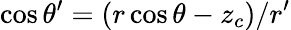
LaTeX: \cos\theta^{\prime}=(r\cos\theta-z_{c})/r^{\prime}